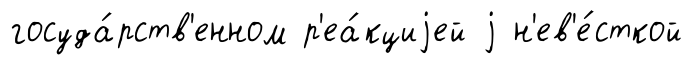
госуда́рств'енном р'еа́кциjей j н'ев'е́сткой